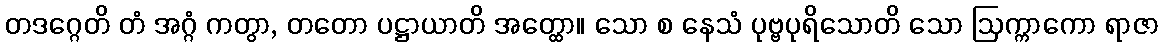
တဒဂ္ဂေတိ တံ အဂ္ဂံ ကတွာ, တတော ပဋ္ဌာယာတိ အတ္ထော။ သော စ နေသံ ပုဗ္ဗပုရိသောတိ သော ဩက္ကာကော ရာဇာ